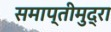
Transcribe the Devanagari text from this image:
समाप्तीमुद्रा